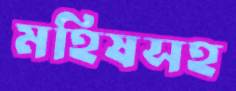
মহিষসহ